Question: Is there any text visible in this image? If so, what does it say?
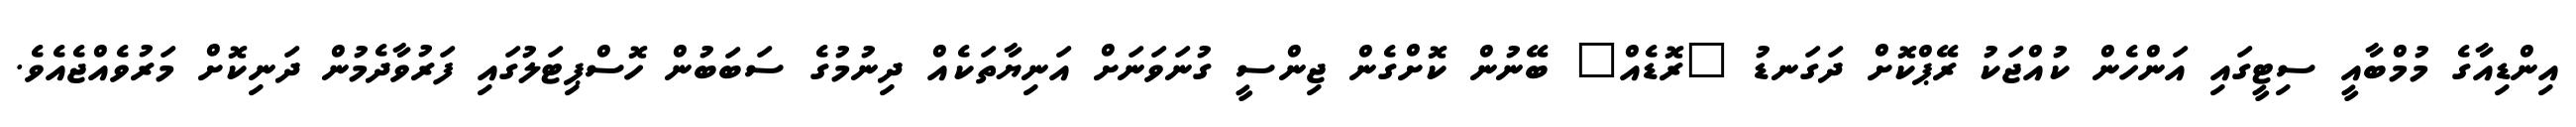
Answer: އިންޑިއާގެ މުމްބާއީ ސިޓީގައި އަންހެން ކުއްޖަކު ރޭޕްކޮށް ދަގަނޑު "ރޮޑެއް" ބޭނުން ކޮށްގެން ޖިންސީ ގުނަވަނަށް އަނިޔާތަކެއް ދިނުމުގެ ސަބަބުން ހޮސްޕިޓަލުގައި ފަރުވާދެމުން ދަނިކޮށް މަރުވެއްޖެއެވެ.